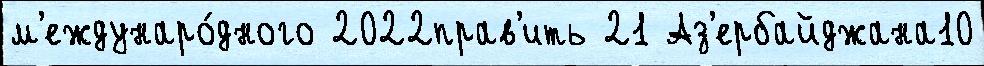
м'еждунаро́дного 2022прав'ить 21 Аз'ербайджана10